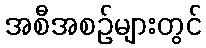
အစီအစဉ်များတွင်